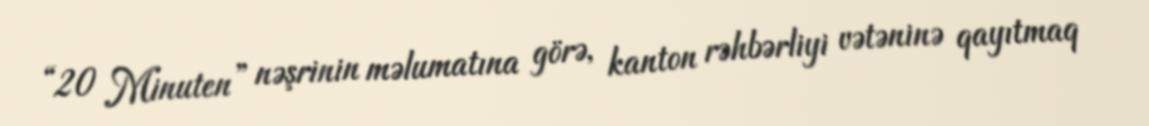
“20 Minuten” nəşrinin məlumatına görə, kanton rəhbərliyi vətəninə qayıtmaq